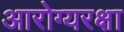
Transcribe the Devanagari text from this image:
आरोग्यरक्षा